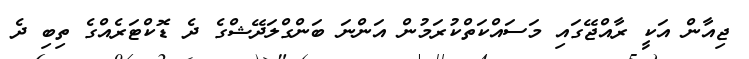
ޖިއާން އަކީ ރާއްޖޭގައި މަސައްކަތްކުރަމުން އަންނަ ބަންގްލަދޭޝްގެ ދެ ޑޮކްޓަރެއްގެ ތިބި ދެ